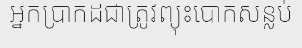
អ្នកប្រាកដជាត្រូវព្យុះបោកសន្លប់